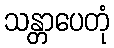
သန္တာပေတုံ